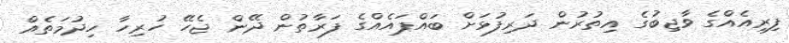
ފިރިއެއްގެ ވާޖިބުގެ އިތުރުން ދަރިފުޅަށް ބައްޕައެއްގެ ފަރާތުން ދޭން ޖެހޭ ހުރިހާ ހިދުމަތެއް